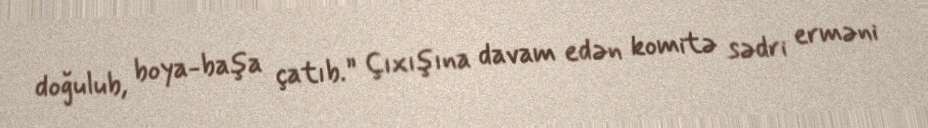
doğulub, boya-başa çatıb.” Çıxışına davam edən komitə sədri erməni